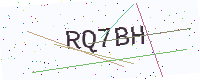
Text: RQ7BH